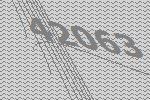
42063